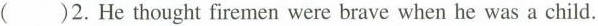
( )2.He thought firemen were brave when he was a child.